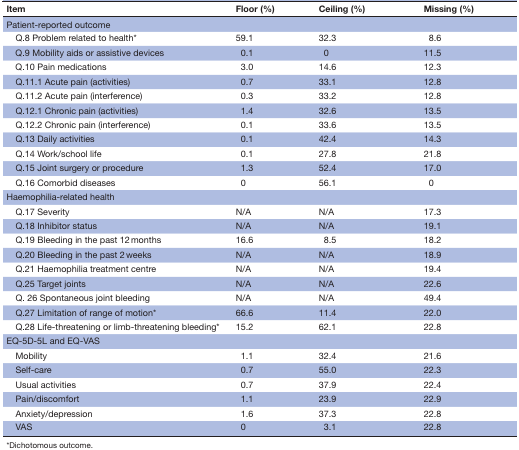
| Item | Floor (%) | Ceiling (%) | Missing (%) |
 | --- | --- | --- | --- |
 | Patient-reported outcome | <COLSPAN=3>  |
 | Q.8 Problem related to health* | 59.1 | 32.3 | 8.6 |
 | Q.9 Mobility aids or assistive devices | 0.1 | 0 | 11.5 |
 | Q.10 Pain medications | 3.0 | 14.6 | 12.3 |
 | Q.11.1 Acute pain (activities) | 0.7 | 33.1 | 12.8 |
 | Q.11.2 Acute pain (interference) | 0.3 | 33.2 | 12.8 |
 | Q.12.1 Chronic pain (activities) | 1.4 | 32.6 | 13.5 |
 | Q.12.2 Chronic pain (interference) | 0.1 | 33.6 | 13.5 |
 | Q.13 Daily activities | 0.1 | 42.4 | 14.3 |
 | Q.14 Work/school life | 0.1 | 27.8 | 21.8 |
 | Q.15 Joint surgery or procedure | 1.3 | 52.4 | 17.0 |
 | Q.16 Comorbid diseases | 0 | 56.1 | 0 |
 | Haemophilia-related health | <COLSPAN=3>  |
 | Q.17 Severity | N/A | N/A | 17.3 |
 | Q.18 Inhibitor status | N/A | N/A | 19.1 |
 | Q.19 Bleeding in the past 12 months | 16.6 | 8.5 | 18.2 |
 | Q.20 Bleeding in the past 2 weeks | N/A | N/A | 18.9 |
 | Q.21 Haemophilia treatment centre | N/A | N/A | 19.4 |
 | Q.25 Target joints | N/A | N/A | 22.6 |
 | Q. 26 Spontaneous joint bleeding | N/A | N/A | 49.4 |
 | Q.27 Limitation of range of motion* | 66.6 | 11.4 | 22.0 |
 | Q.28 Life-threatening or limb-threatening bleeding* | 15.2 | 62.1 | 22.8 |
 | EQ-5D-5L and EQ-VAS | <COLSPAN=3>  |
 | Mobility | 1.1 | 32.4 | 21.6 |
 | Self-care | 0.7 | 55.0 | 22.3 |
 | Usual activities | 0.7 | 37.9 | 22.4 |
 | Pain/discomfort | 1.1 | 23.9 | 22.9 |
 | Anxiety/depression | 1.6 | 37.3 | 22.8 |
 | VAS | 0 | 3.1 | 22.8 |